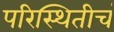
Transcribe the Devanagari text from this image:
परिस्थितीचं